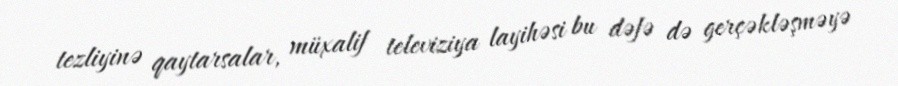
tezliyinə qaytarsalar, müxalif televiziya layihəsi bu dəfə də gerçəkləşməyə